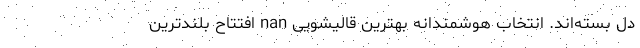
دل بسته‌اند. انتخاب هوشمندانه بهترین قالیشویی nan افتتاح بلندترین